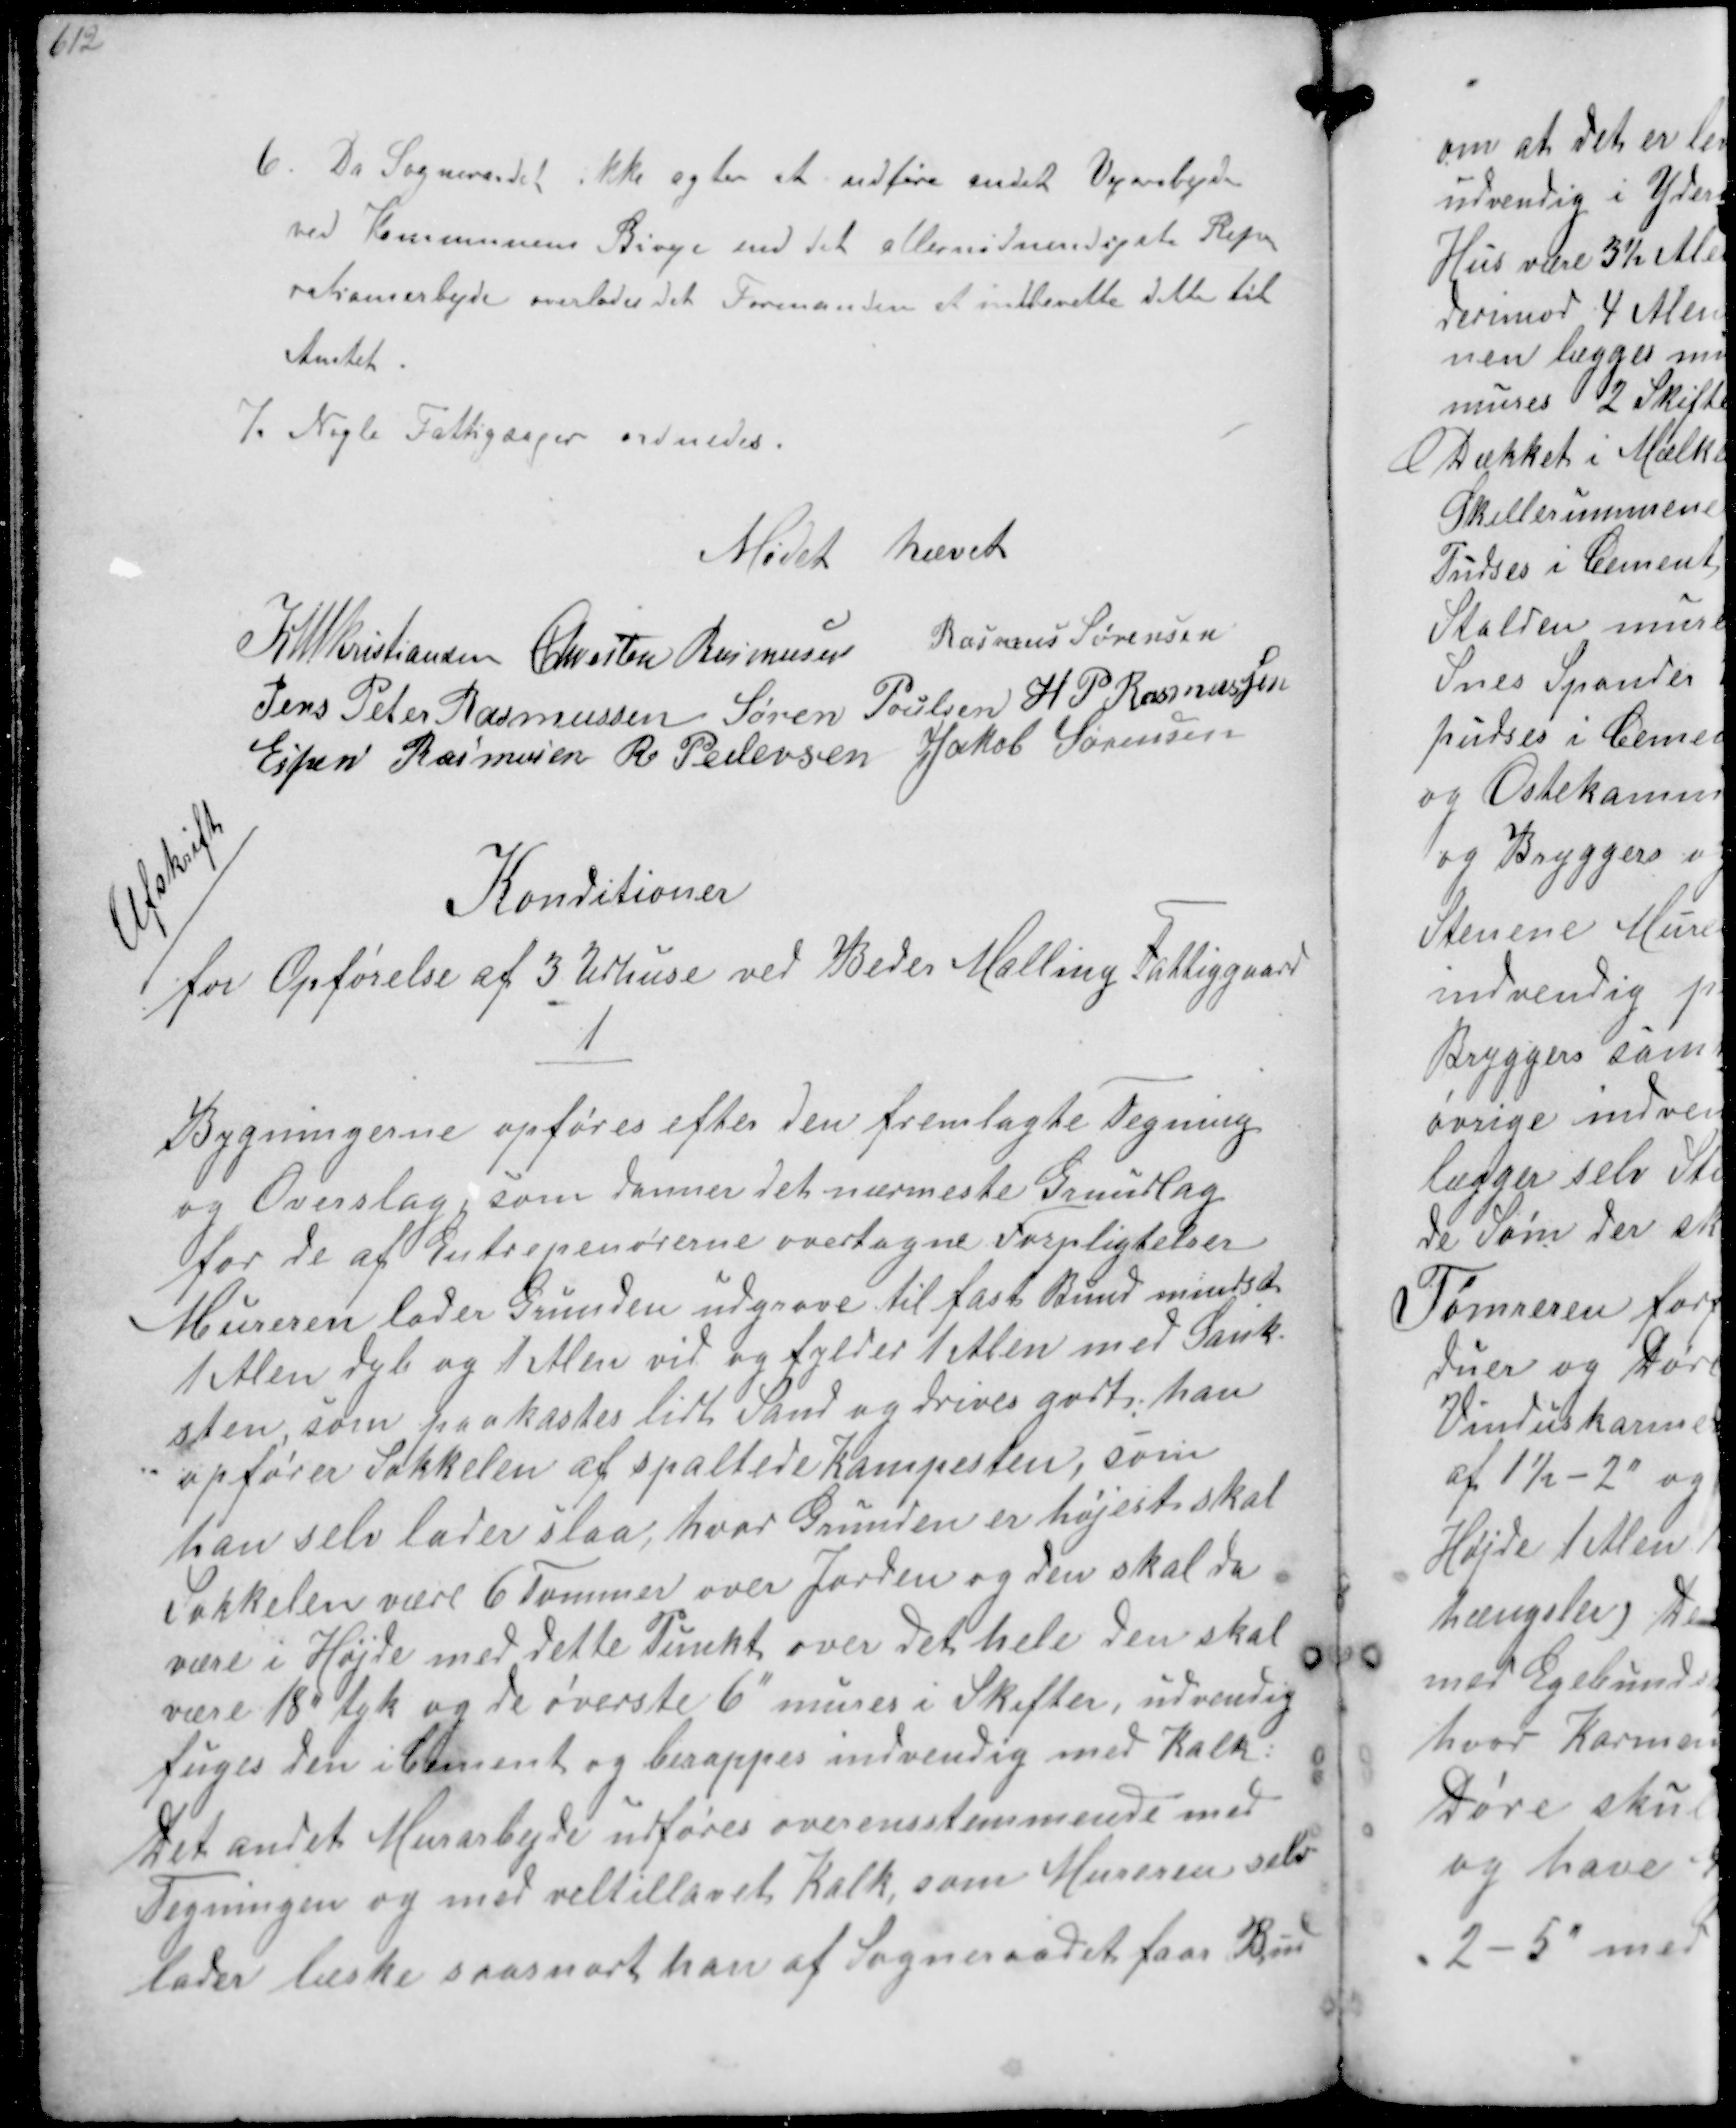
Transskription:
6. Da Sogneraadet ikke agter at udføre andet Vejarbejde
ved Kommunens Biveje end det allernødvendigste Repa-
rationsarbejde overlodes det Formanden at indberette dette til
Amtet
7. Nogle Fattigsager ordnedes.

Mødet hævet

K N M Kristiansen Chresten Rasmussen Rasmus Sørensen
Jens Peter Rasmussen Søren Poulsen H P Rasmussen
Espen Rasmussen R. Pedersen Jakob Sørensen

Afskrift
Konditioner
for Opførelse af 3 Udhuse ved Beder Malling Fattiggaard
1
Bygningerne opføres efter den fremlagte Tegning
og Overslag, som danner det nærmeste Grundlag
for de af Entrepenørerne overtagne Forpligtelser
Mureren lader Grunden udgrave til fast Bund mindst
1 Alen dyb og 1 Alen vid og fylder 1 Alen med Sank-
sten, som paakastes lidt Sand og drives godt han
opfører Sokkelen af spaltede kampesten, som
han selv lader slaa, hvor Grunden er højest skal
Sokkelen være 6 Tommer over Jorden og den skal da
være i Højde med dette Punkt over det hele den skal
være 18" tyk og de øverste 6" murer i Skifter, udvendig
fuges den i Cement og berappes indvendig med Kalk
Det andet Murarbejde udføres overensstemmende med
Tegningen og med veltillavet kalk, som Mureren selv
lader læske saasnart han af Sogneraadet faa Besked